Bréfritari: Þuríður Hallgrímsdóttir
Viðtakandi: Sólveig Jónsdóttir
Dagsetning: A-1861-01-13
Skrifað á: Hólmum  S-Múl.
Sólveig var dóttir Þuríðar

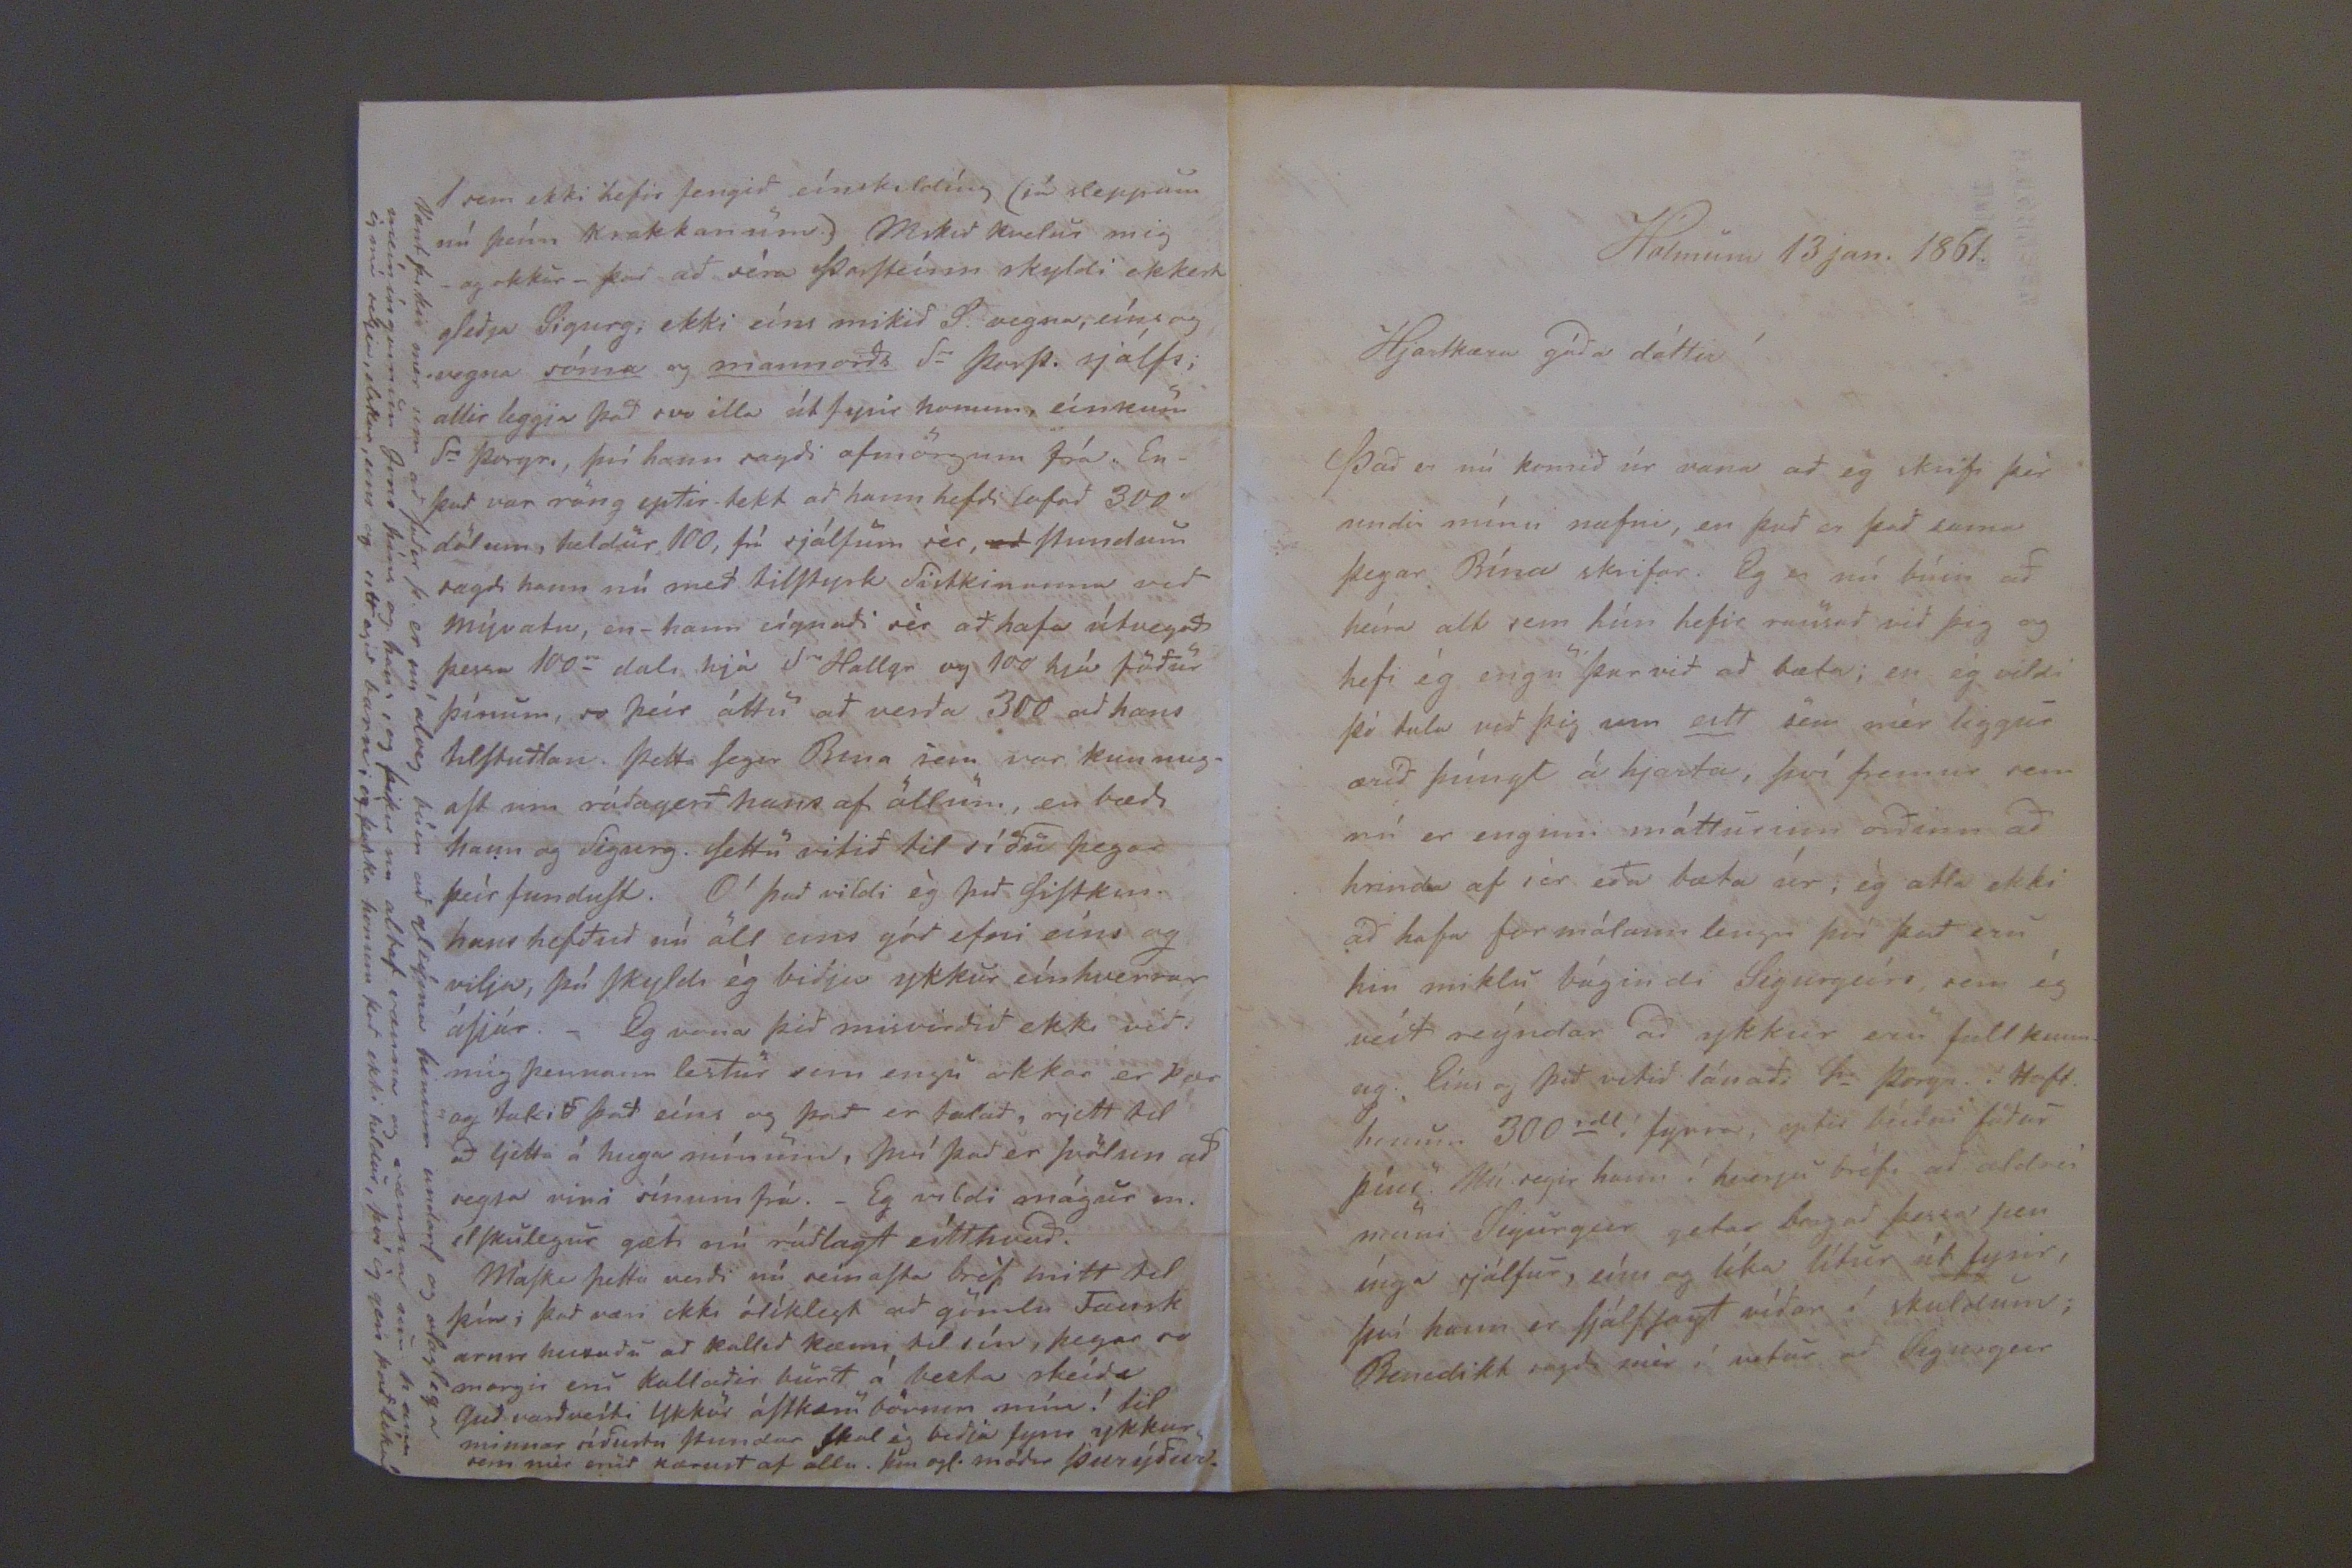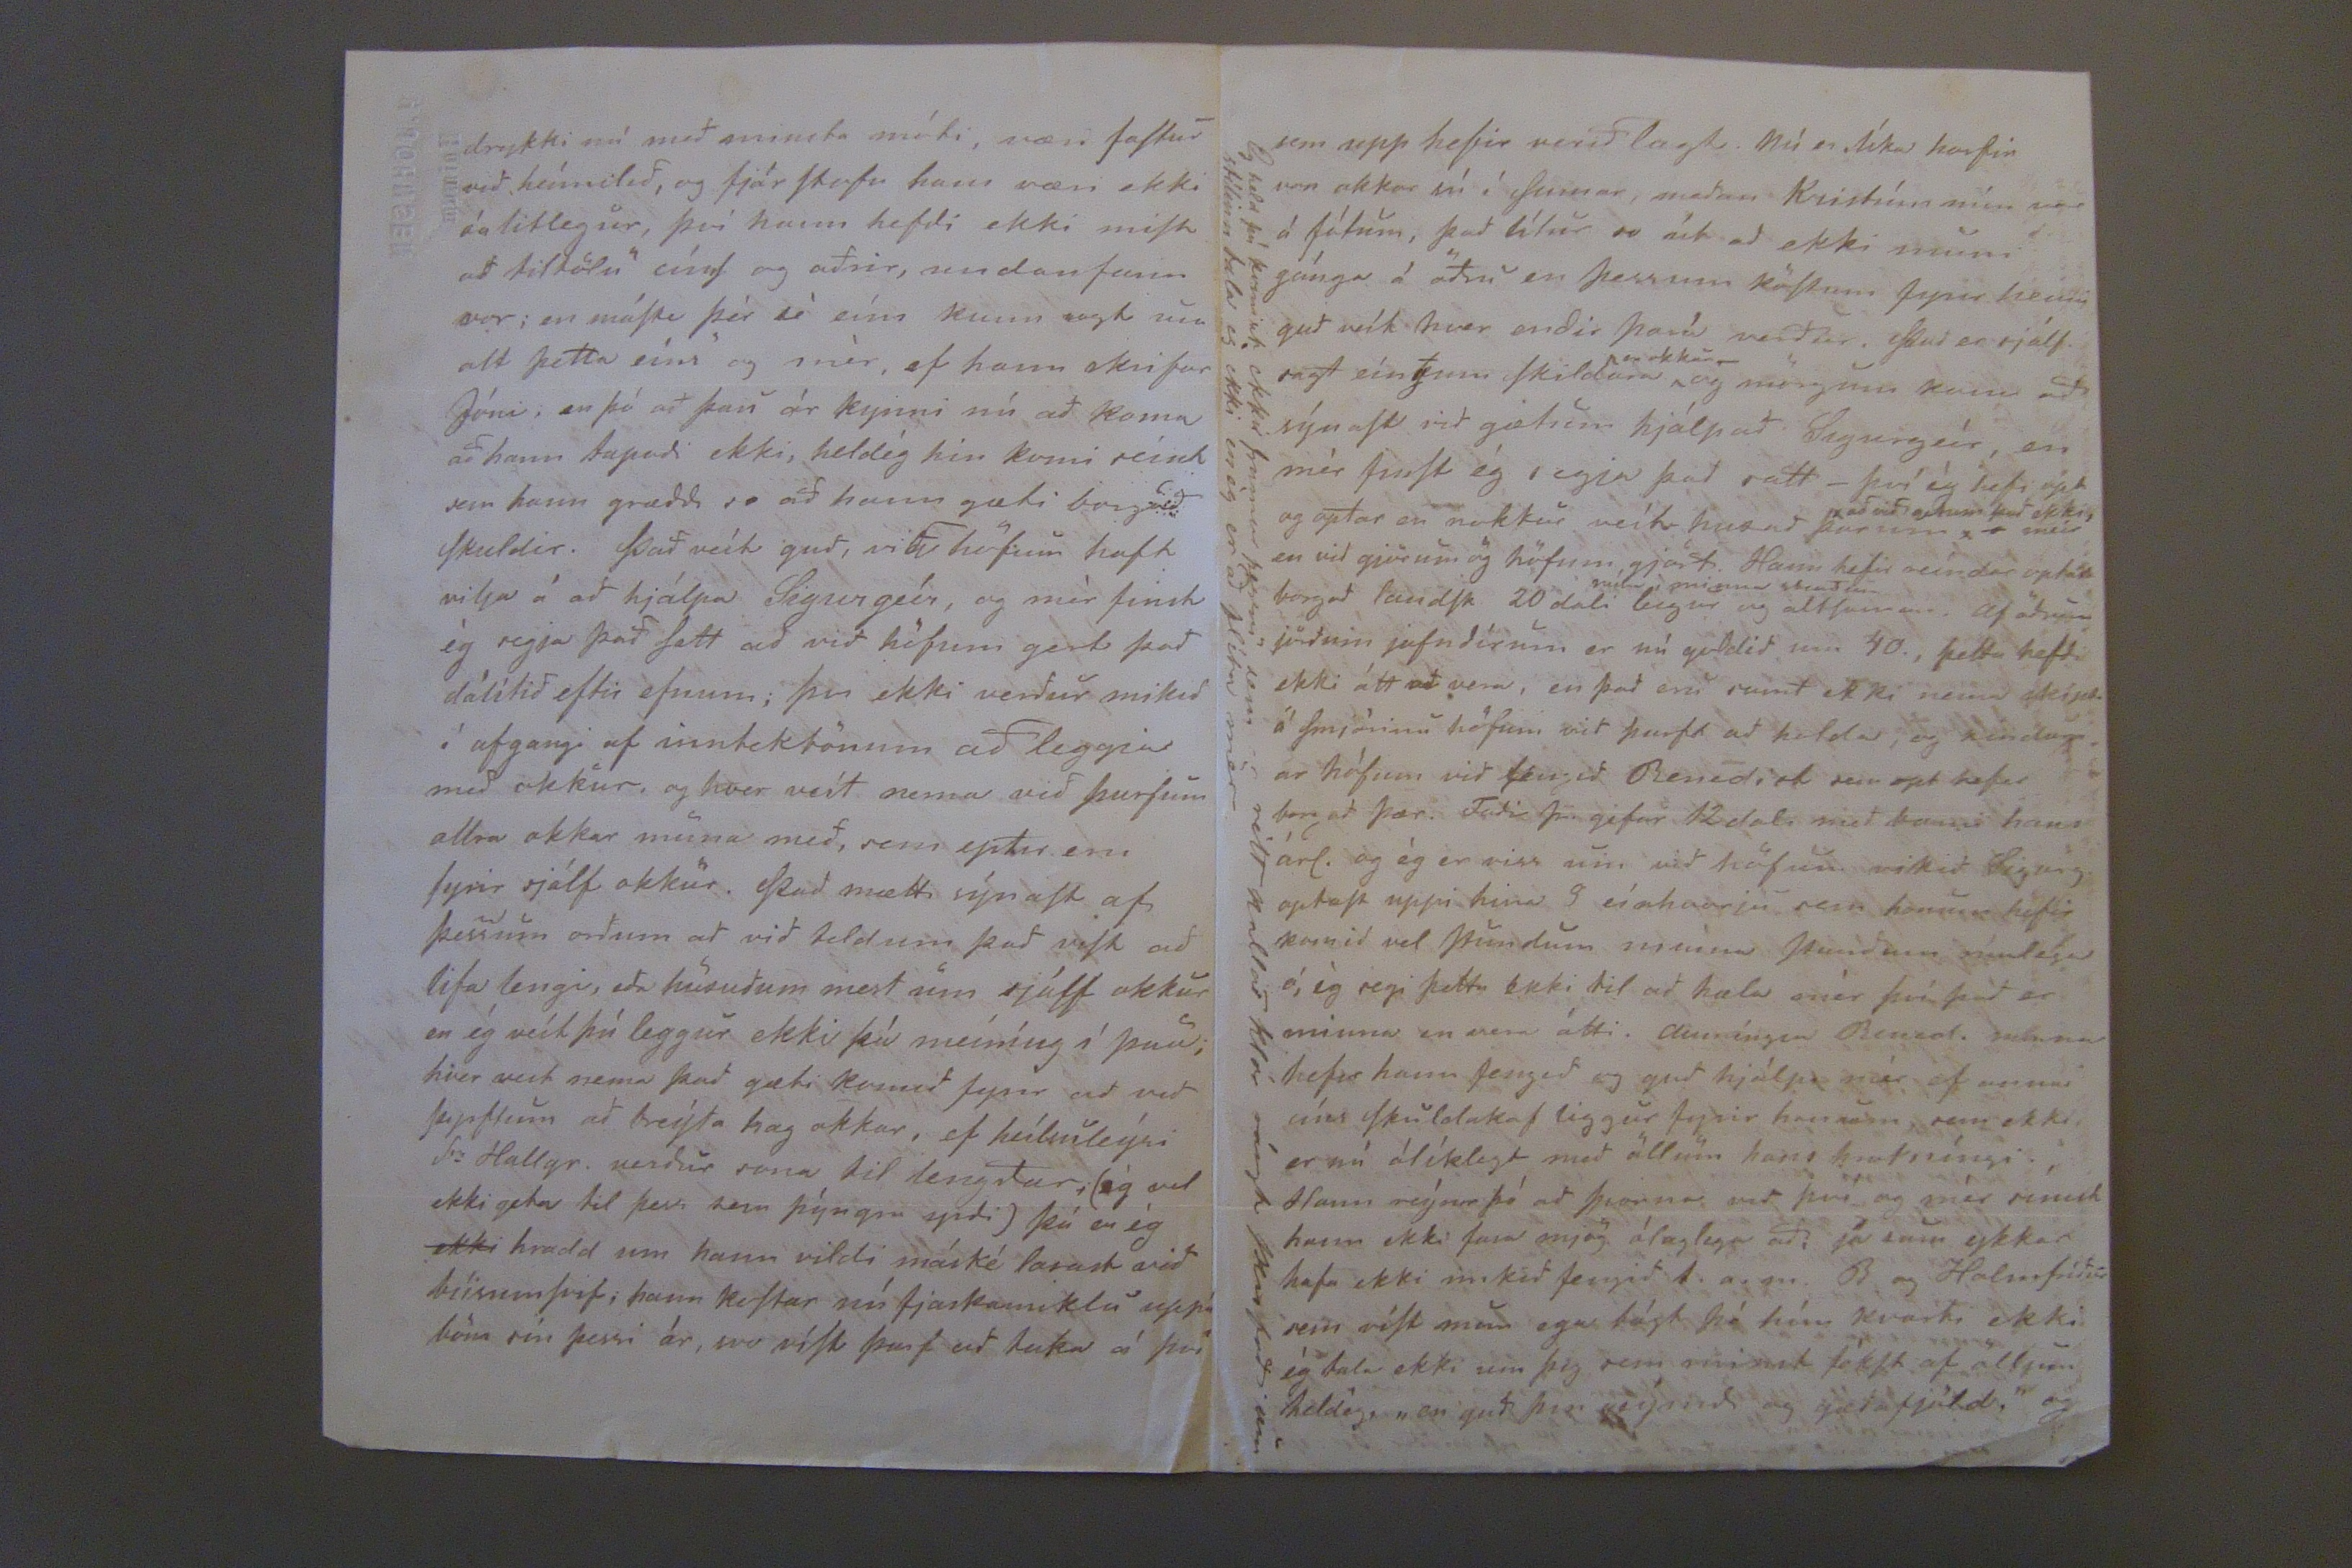

Hólmum 13 jan. 1861
Hjartkjæra góda dóttir!
Það er nú komið úr vana að eg skrifi þér undir mínu nafni, en það er það sama þegar Bína skrifar. Eg er nú búin að heíra alt sem hún hefir rausað við þig og hefi ég engu þar við að bæta; en ég vildi þó tala við þig um eitt sem mér liggur æríð þúngt á hjarta, því fremur sem nú er enginn mátturinn orðinn að hrinda af sér eða bæta úr; ég atla ekki að hafa formálann lengri því það eru hin miklu bágindi Sigurgeirs, sem ég veit reýndar að ykkur eru fullkunn ug eins og þið vitið lánaði
Hra Þorgr
í Hest. honum 300
rdl
í fyrra, eptir beídni föður þíns Nú regir hann í hverju bréfi að aldrei muni Sigurgeir geta borgað þessar pen ínga sjálfur, ein
s
og líka lítur út fyrir, því hann er sjálfsagt víðar í skuldum; Benedikt sagdi mér í vetur að Sigurgeir
drykki nú með minsta móti, væri fastur við heímilið, og fjárstofn hans væri ekki óalitlegur, því hann hefdi ekki mist ad
tiltölu
eins og aðrir, undanfarin vor; en máske þér sé eins kunn ugt um alt þetta eins og mér, ef hann skrifar Jóni; en þá að þau ár kynni nú að koma að hann tapadi ekki, heldég hin komi reíst sem hann græddi so að hann gæti borgað skuldir. Það veít guð, við hofum haft vilja á að hjálpa sigurgeir, og mér finst ég segja það satt ad við höfum gert það dálítð eftir efnum; þvi ekki verður mikid í afgangi af inntektonum að leggia med okkur, og hver veit nema við þurfum allra okkar meina með, sem eptir eru fyrir sjálf okkur. Það mætti sýnast af þessum orðum að við teldum það vist að lifa lengi, eða huxuðum mest um sjálf okkur en ég veit þú leggur ekki þá meíníng í þau; hver veit nema það gæti komið fyrir að við þyrftum að breýta hag okkar, ef heílmleýsi S
ra
Hallgr. verdur sona til lengdar,( ég vil ekki geta til þess sem þýngri yrði) þá er ég
ekki
hrædd um hann vildi máské
lasast
við búsum
svif;
hann kostar nú fjaskamikla uppá kom eín þessi ár, svo víst þarf að taka á því
sem upp hefir verið lagt. Nú er líka horfin von okkar sú í sumar, meðan Kristrún mín var á fótum, það lítur so út að ekki muni gánga á að
u
en þessum köstum fyrir
0ilum
guð veit hver endir hans verður. Það er sjálf sagt einkum skildara
en okkur
og mörgum kann að sýnast við gætum hjálpað Sigureír, en mér finst ég segje þad satt_ því ég hefi opt og optar en nokkur veit
h00 ad
þar um x
x að við optum þad ekki,
meir en við gjörum og höfum gjert Hann hefir reíndar
up000
borgað landsk 20 dali
0úla í p0i0n0 s00dum
leigur og altsaman. af öðrum jörðum jafndirum er nú goldið um 40, þetta hefdi ekki átt að vera, en það eru samt ekki neinn
ýkiur
á smjörinu höfum við þurft ad halda, og kindurn ar höfum við féngið Benidict sem opt hefur borgað þær. Faðir Jón giefur 12 dali með
k00i hann 0árl.
og ég er viss um við höfum mikið Sigurg. optast uppi hina 9 einhvurju sem honum hefir komið vel stundum minna stundum rúmlega ó, ég regi þetta ekki til ad hæla mér þvi það er minna en vera átti. aumíngin Benid.
minna
hefir hann fengið og guð hjálpi mér ef
minni
um skuldakaf liggur fyrir honum sem ekki er nú ólíklegt með öllum hans hvatníngi. Hann reijnir þó að hvorna við því og mér sínist hann ekki fara mjög ólaglega ad; sá
mun
ykkar hafa ekki mikið fengið
t.a.m.
B og Halmfríður mín víst mun eg fást hjá hún hvorki ekki ég tala ekki um þig, sem misvel fékst af
öllum held ég, en guð þin 0eijand og gæpafj0ld, og
Eg hel þú komist ekki f
ramar þessu sem er rétt 0al0ad klór rángt því þad um stílinn tala ég ekki en ég er að flíta mér
1 sem ekki hefir fengið einskildíng (já sleppum nú þeim krakkanum.) Mikið kvelur mig og okkur_ það að séra Þorsteinn skyldi ekkert gleðja Sigurg; ekki eins mikid S: vegna, eíns og vegna sóma og mannorðs S= þarft sjálfs; allir leggja það svo illa út fyrir honum einkurn S= Þorgr. , því hann sagdi ofmörgum frá En_ það var röng eptir tekt að hann hefði lofað 300 dölum, heldur 100 frá sjálfum sér,
að
stundum sagdi hann nú med
tilstyrk
sistkin nema við Mývatn, en_ hann eignadi sér að hafa útvegað þessa 100
0
dali hjá S
ra
hallgr og 100 hjá föður þínum, so þeir áttu að verða 300 að hans tilstuðlan. þetta segir Bina sem var kunnug_ ast um ráðagerð hans af öllum, en bædi hann og Sigurg. settu vitið til síðu þegar þeir fundust. Æ! það vildi ég það sistkin hans hefðuð nú alt eins góð efni eins og vilja, þá skyldi ég biðja ykkur einhverrar ásjár._ Eg vona þið misvirðið ekki við mig þennan lestur sem engri okkar er þar og tekið það eins og það er talað, rjett tel að ljetta á huga mínum, því það er svölun ad reyta vini sínum frá._ Eg vildi mágur m. elskulegur gæti nú rádlagt eitthvad. máske þetta verði nú seinasta bréf mitt til þín; það væri ekki ólíklegt að gömlu Fausk arnir heltuðu að kallið kæmi til sín, þegar so margir eru kallaðir burt á besta skeiði Guð varðveiti ykkur ástkæru börnin mín! bid minnar síðustu stundar skal ég biðja fyrir ykkur sem mér eruð kærust af öllu. þín
0gl.
módir Þurýður.
Vænt þikir mér um að faðir þ. er nú alveg búin að gleýma þinum undarl og daglega meíníngunum Arna þíns og hans, og þikir sem altaf vænna og vænna um hann ég má
re0i0 sl00ur, um og sitt ægið barn; og þakka honum það ekki heldur, því ég geri það líka